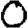
Digit: 0